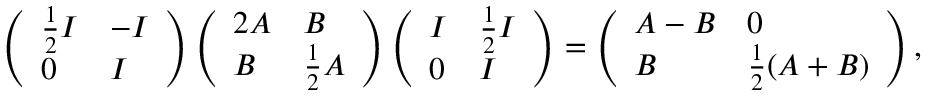
\left( \begin{array} { l l } { \frac { 1 } { 2 } I } & { - I } \\ { 0 } & { I } \end{array} \right) \left( \begin{array} { l l } { 2 A } & { B } \\ { B } & { \frac { 1 } { 2 } A } \end{array} \right) \left( \begin{array} { l l } { I } & { \frac { 1 } { 2 } I } \\ { 0 } & { I } \end{array} \right) = \left( \begin{array} { l l } { A - B } & { 0 } \\ { B } & { \frac { 1 } { 2 } ( A + B ) } \end{array} \right) ,